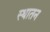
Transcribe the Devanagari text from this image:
स्थातन